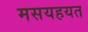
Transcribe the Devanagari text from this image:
मसयहयत